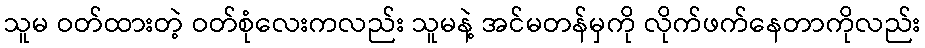
သူမ ဝတ်ထားတဲ့ ဝတ်စုံလေးကလည်း သူမနဲ့ အင်မတန်မှကို လိုက်ဖက်နေတာကိုလည်း